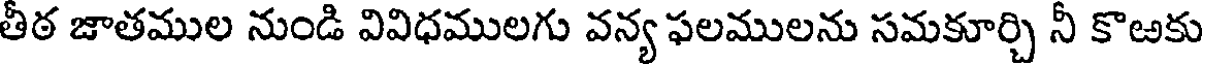
తీఠ జాతముల నుండి వివిధములగు వన్య ఫలములను సమకూర్చి నీ కొఱకు